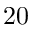
2 0